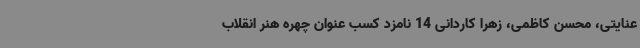
عنایتی، محسن کاظمی، زهرا کاردانی 14 نامزد کسب عنوان چهره هنر انقلاب